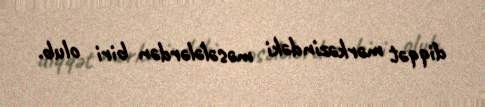
diqqət mərkəzindəki məsələlərdən biri olub.